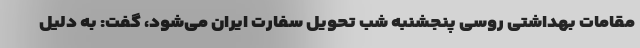
مقامات بهداشتی روسی پنجشنبه شب تحویل سفارت ایران می‌شود، گفت: به دلیل